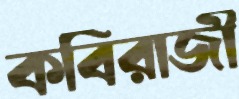
কবিরাজী